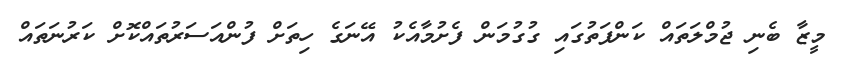
މީޒާ ބެނި ޖުމްލަތައް ކަންފަތުގައި ގުގުމަން ފެށުމާއެކު އޭނަގެ ހިތަށް ފުންއަސަރުތައްކޮށް ކަރުނަތައް